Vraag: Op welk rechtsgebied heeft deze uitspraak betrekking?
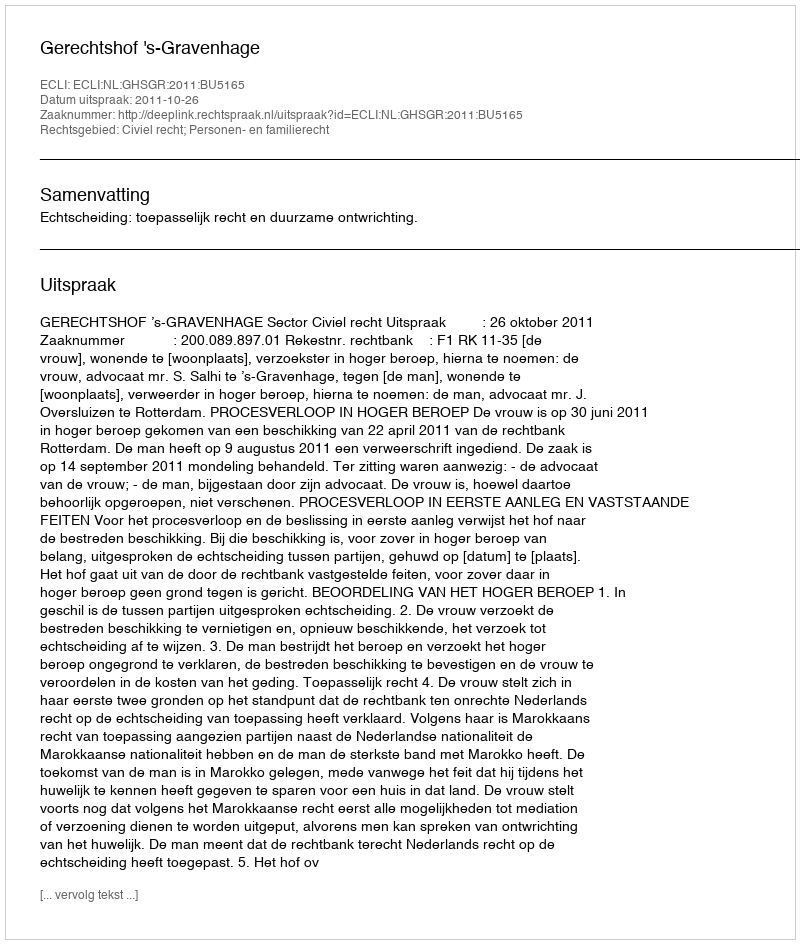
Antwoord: Civiel recht; Personen- en familierecht